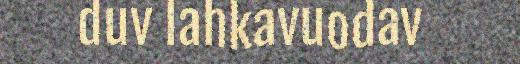
duv lahkavuodav